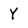
Character: Y